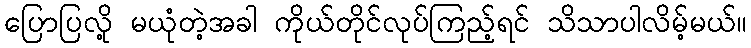
ပြောပြလို့ မယုံတဲ့အခါ ကိုယ်တိုင်လုပ်ကြည့်ရင် သိသာပါလိမ့်မယ်။